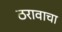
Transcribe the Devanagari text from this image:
ठरावाचा